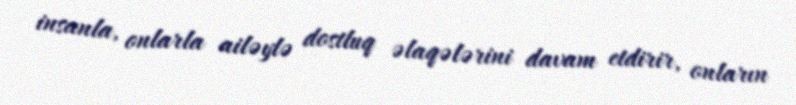
insanla, onlarla ailəylə dostluq əlaqələrini davam etdirir, onların